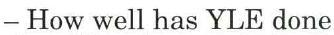
− How well has YLE done